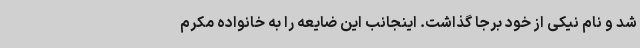
شد و نام نیکی از خود برجا گذاشت. اینجانب این ضایعه را به خانواده مکرم